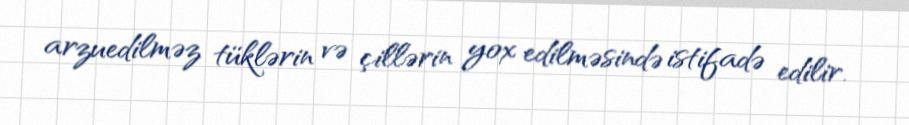
arzuedilməz tüklərin və çillərin yox edilməsində istifadə edilir.